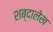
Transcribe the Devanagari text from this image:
शब्दालेख